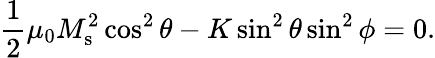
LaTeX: \frac{1}{2}\mu_{0}M_{\mathrm{s}}^{2}\cos^{2}\theta-K\sin^{2}\theta\sin^{2}\phi=0.